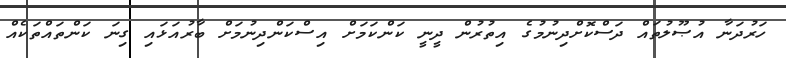
ހަރުދަނާ އުޞޫލުތައް ދަސްކޮށްދިނުމުގެ އިތުރުން ދީނީ ކަންކަމަށް އިސްކަންދިނުމަށް ބާރުއަޅައި ގިނަ ކަންތައްތަކެއް